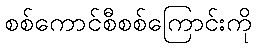
စစ်ကောင်စီစစ်ကြောင်းကို